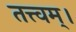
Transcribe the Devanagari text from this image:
तत्त्‍वम्।